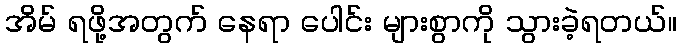
အိမ် ရဖို့အတွက် နေရာ ပေါင်း များစွာကို သွားခဲ့ရတယ်။